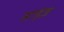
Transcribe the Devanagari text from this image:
साइंज़